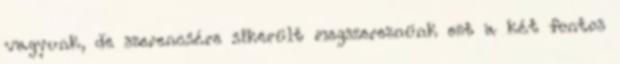
vagyunk, de szerencsére sikerült megszereznünk ezt a két fontos